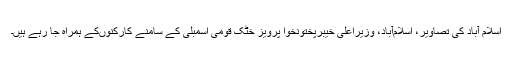
اسلام آباد کی تصاویر، اسلام‌آباد، وزیراعلی خیبرپختونخوا پرویز خٹک قومی اسمبلی کے سامنے کارکنوں‌کے ہمراہ جا رہے ہیں۔